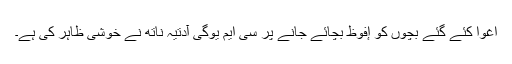
اغوا کئے گئے بچوں کو إفوظ بچائے جانے پر سی ایم یوگی آدتیہ ناتھ نے خوشی ظاہر کی ہے۔